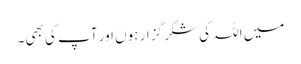
میں اللہ کی شکر گزار ہوں اور آپ کی بھی۔